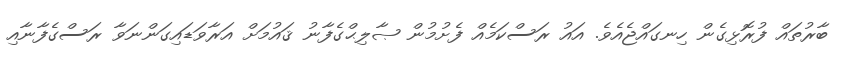
ބާރުތައް ފުރޮޅިގެން ހިނގައްޖެއެވެ. އައު ރަސްކަމެއް ފެށުމުން ޞާލިޙްގެފާނު ޤައުމަށް އަރާވަޑައިގަންނަވާ ރަސްގެފާނާއި